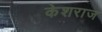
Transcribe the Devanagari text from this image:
केशराज